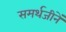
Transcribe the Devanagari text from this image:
समर्थजीनें